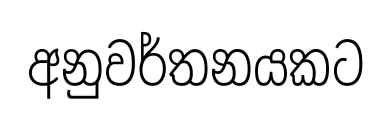
අනුවර්තනයකට